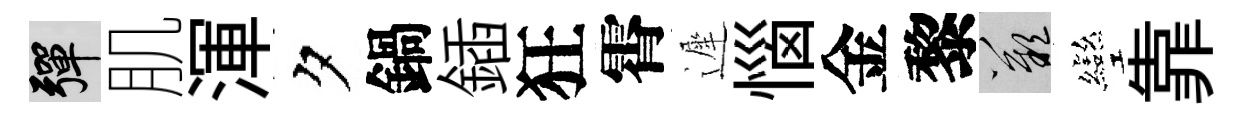
彈肌渾夕鍋鍤狂霄遲惱金黎嘆彎靠